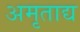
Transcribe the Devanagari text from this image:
अमृताद्य